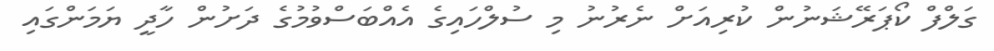
ގަލްފް ކޯޕަރޭޝަނުން ކުރިއަށް ނެރުނު މި ސުލްހައިގެ އެއްބަސްވުމުގެ ދަށުން ހާދީ ޔަމަންގައި